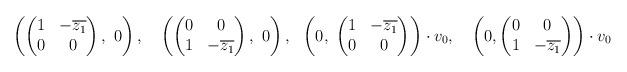
LaTeX: \begin{align*}\left( \begin{pmatrix} 1 & - \overline{z_1} \\ 0 & 0 \end{pmatrix}, \ 0 \right), \ \ \ \left( \begin{pmatrix} 0 & 0 \\ 1 & - \overline{z_1} \end{pmatrix}, \ 0 \right), \ \ \left( 0 , \ \begin{pmatrix} 1 & - \overline{z_1} \\ 0 & 0 \end{pmatrix} \right)\cdot v_0, \ \ \ \left(0, \begin{pmatrix} 0& 0 \\ 1 & - \overline{z_1} \end{pmatrix} \right) \cdot v_0\end{align*}